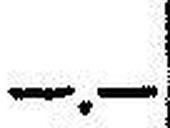
—.—